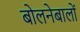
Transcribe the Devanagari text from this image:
बोलनेबालों